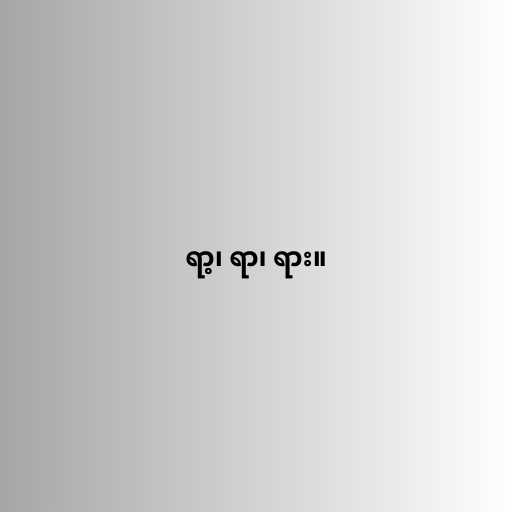
ရာ့၊ ရာ၊ ရား။